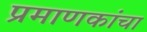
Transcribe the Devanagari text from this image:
प्रमाणकांचा